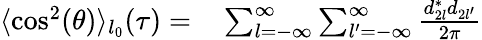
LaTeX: \begin{array}{rl}{\langle\cos^{2}(\theta)\rangle_{l_{0}}(\tau)=}&{{}\sum_{l=-\infty}^{\infty}\sum_{l^{\prime}=-\infty}^{\infty}\frac{d_{2l}^{*}d_{2l^{\prime}}}{2\pi}}\end{array}